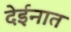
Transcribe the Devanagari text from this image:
देईनात